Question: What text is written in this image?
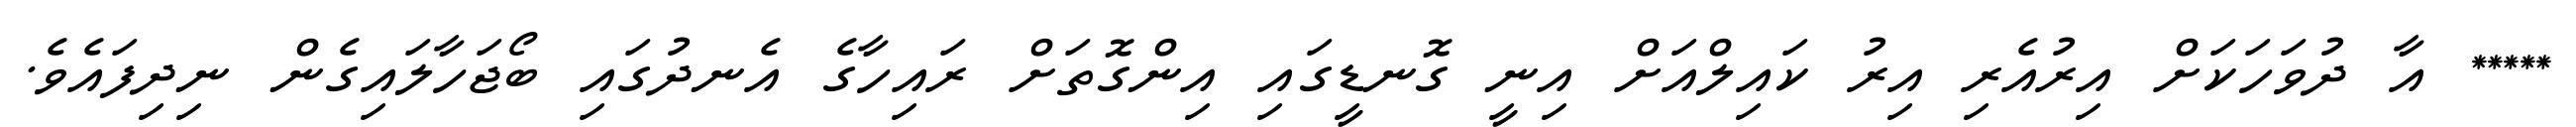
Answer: ***** އާ ދުވަހަކަށް އިރުއެރި އިރު ކައިލްއަށް އިނީ ގޮނޑީގައި އިންގޮތަށް ރައިހާގެ އެނދުގައި ބޯޖަހާލައިގެން ނިދިފައެވެ.